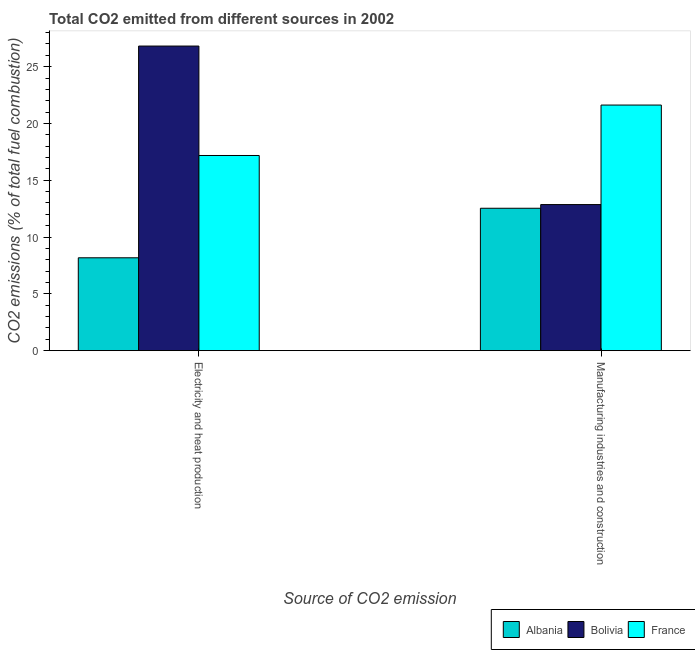
| Source of CO2 emission | Albania | Bolivia | France |
 | --- | --- | --- | --- |
 | Electricity and heat production | 8.17 | 26.8 | 17.2 |
 | Manufacturing industries and construction | 12.5 | 12.9 | 21.6 |